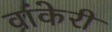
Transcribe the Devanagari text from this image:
वांकेरी